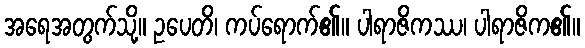
အရေအတွက်သို့။ ဥပေတိ၊ ကပ်ရောက်၏။ ပါရာဇိကဿ၊ ပါရာဇိက၏။